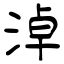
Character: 淖